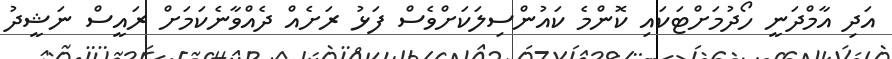
އަދި އާމްދަނީ ހޯދުމަށްޓަކައި ކޮންމެ ކައުންސިލަކަށްވެސް ފަޅު ރަށެއް ދެއްވާނެކަމަށް ރައީސް ނަޝީދު